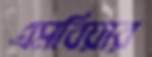
এমবিয়ার